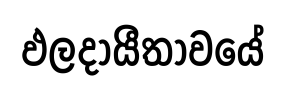
ඵලදායීතාවයේ